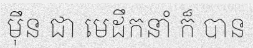
ម៉ឹន ជា មេដឹកនាំ ក៏ បាន